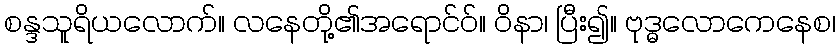
စန္ဒသူရိယလောက်။ လနေတို့၏အရောင်ဝ်။ ဝိနာ၊ ပြီး၍။ ဗုဒ္ဓလောကေနေစ၊